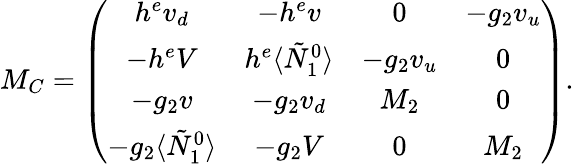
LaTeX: M_{C}=\left(\begin{array}{cccc}{{h^{e}v_{d}}}&{{-h^{e}v}}&{{0}}&{{-g_{2}v_{u}}}\\ {{-h^{e}V}}&{{h^{e}\langle\tilde{N}_{1}^{0}\rangle}}&{{-g_{2}v_{u}}}&{{0}}\\ {{-g_{2}v}}&{{-g_{2}v_{d}}}&{{M_{2}}}&{{0}}\\ {{-g_{2}\langle\tilde{N}_{1}^{0}\rangle}}&{{-g_{2}V}}&{{0}}&{{M_{2}}}\end{array}\right).